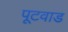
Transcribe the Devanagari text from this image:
पूटवाड